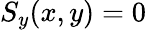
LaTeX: S_{y}(x,y)=0